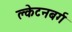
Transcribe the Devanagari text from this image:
क्लेटनबर्ग